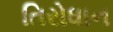
તિરોધાન